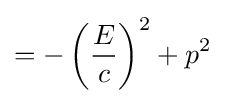
=-\left({\frac {E}{c}}\right)^{2}+p^{2}